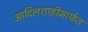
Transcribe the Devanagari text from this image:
आदिलशाहीमार्फत